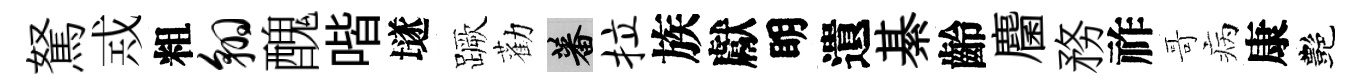
駑𢦶粗翱醜喈𡑞蹶勸蕃拉族獻眀遺綦齡麕務祚哥病康艷